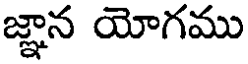
జ్ఞాన యోగము